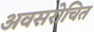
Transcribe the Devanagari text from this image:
अवसरोचित